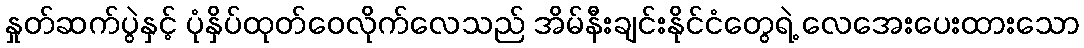
နှုတ်ဆက်ပွဲနှင့် ပုံနှိပ်ထုတ်ဝေလိုက်လေသည် အိမ်နီးချင်းနိုင်ငံတွေရဲ့ လေအေးပေးထားသော